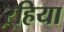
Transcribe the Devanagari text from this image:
ऱ्हिया